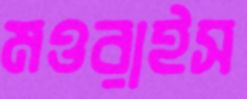
মওরাইস